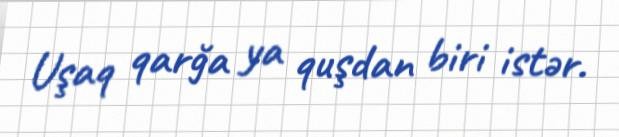
Uşaq qarğa ya quşdan biri istər.